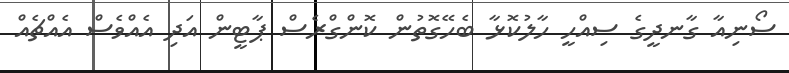
ސޯނިއާ ގާނދީގެ ސިއްހީ ހާލުކޮޅާ ބެހޭގޮތުން ކޮންގްރެސް ޕާޓީން އަދި އެއްވެސް އެއްޗެއް